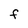
Character: F